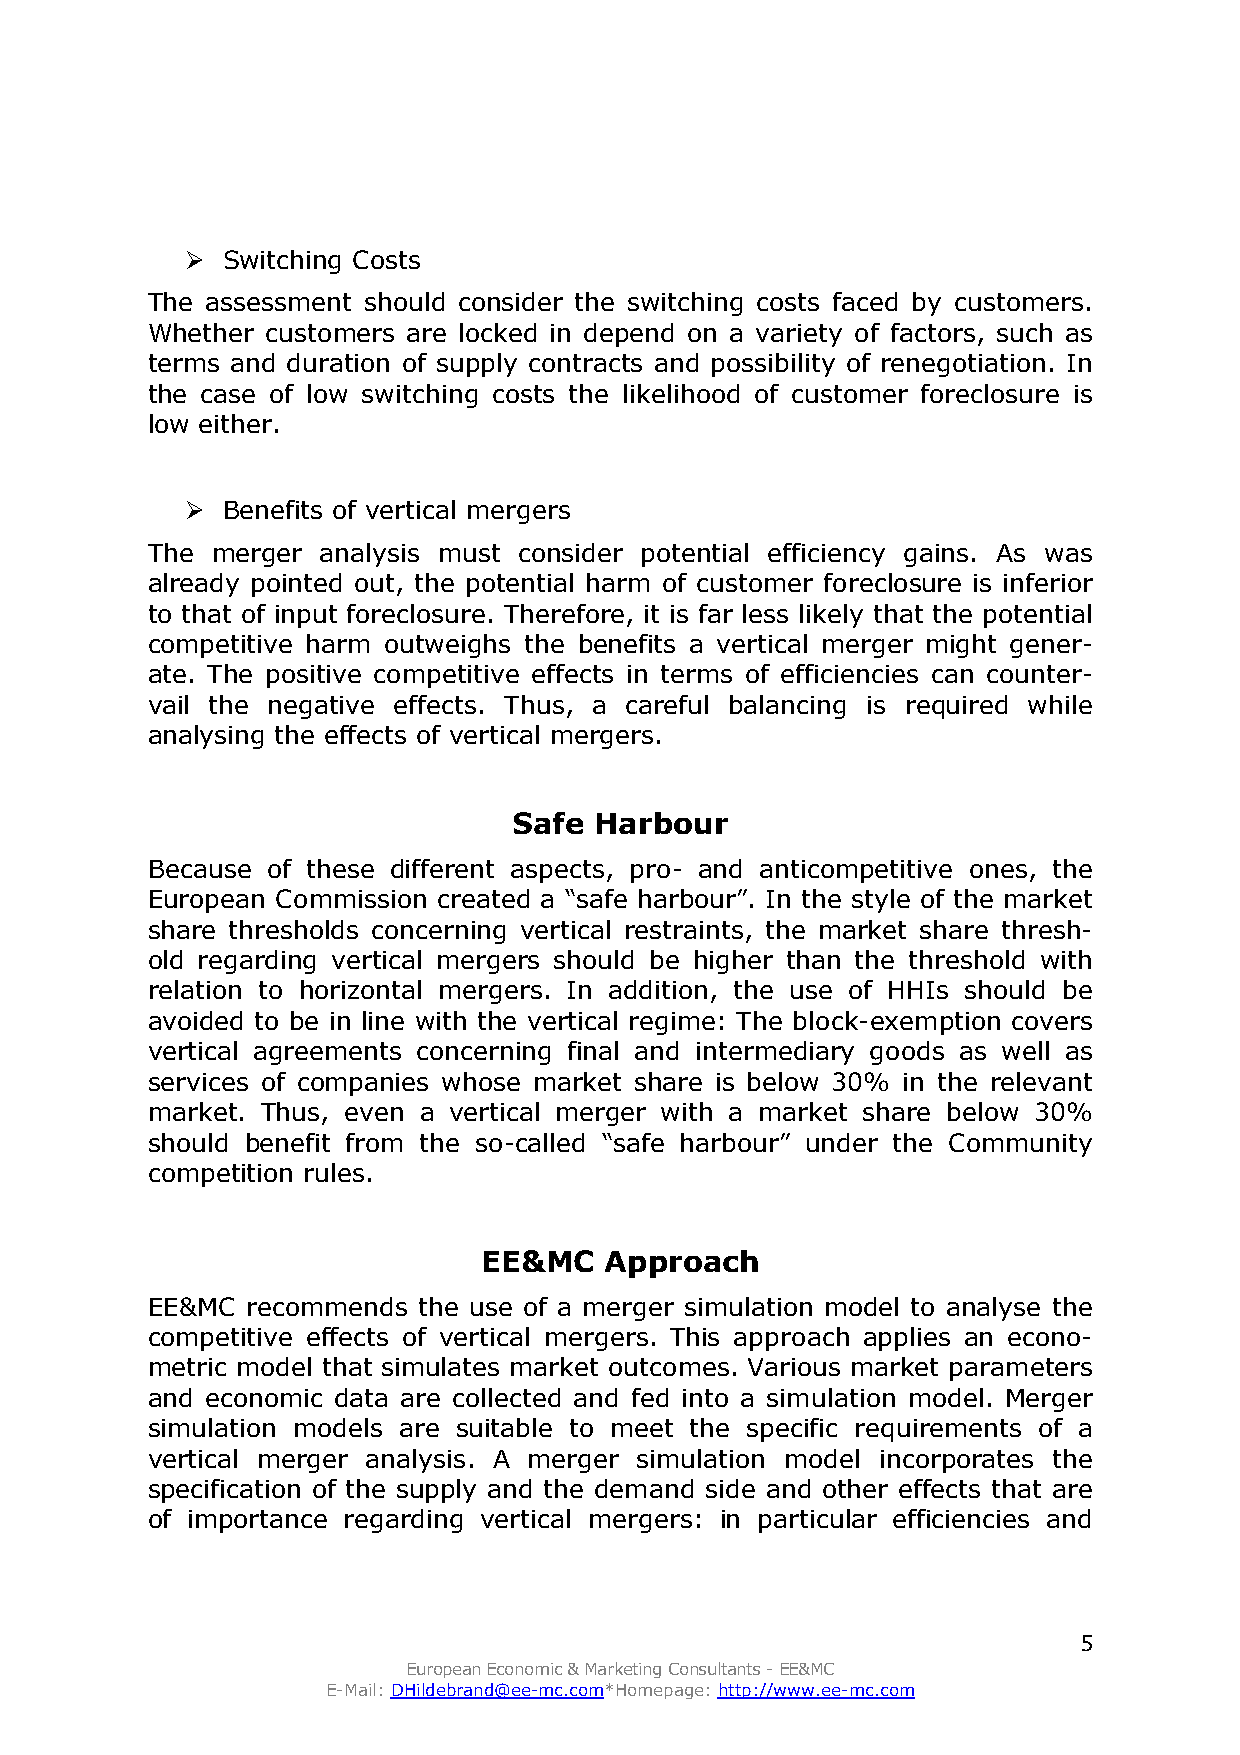
  Switching Costs
 The assessment should consider the switching costs faced by customers.
 Whether customers are locked in depend on a variety of factors, such as
 terms and duration of supply contracts and possibility of renegotiation. In
 the case of low switching costs the likelihood of customer foreclosure is
 low either.
   Benefits of vertical mergers
 The merger analysis must consider potential efficiency gains. As was
 already pointed out, the potential harm of customer foreclosure is inferior
 to that of input foreclosure. Therefore, it is far less likely that the potential
 competitive harm outweighs the benefits a vertical merger might gener-
 ate. The positive competitive effects in terms of efficiencies can counter-
 vail the negative effects. Thus, a careful balancing is required while
 analysing the effects of vertical mergers.
 Safe Harbour
 Because of these different aspects, pro- and anticompetitive ones, the
 European Commission created a “safe harbour”. In the style of the market
 share thresholds concerning vertical restraints, the market share thresh-
 old regarding vertical mergers should be higher than the threshold with
 relation to horizontal mergers. In addition, the use of HHIs should be
 avoided to be in line with the vertical regime: The block-exemption covers
 vertical agreements concerning final and intermediary goods as well as
 services of companies whose market share is below 30% in the relevant
 market. Thus, even a vertical merger with a market share below 30%
 should benefit from the so-called “safe harbour” under the Community
 competition rules.
 EE&MC   Approach
 EE&MC recommends  the use of a merger simulation model to analyse the
 competitive effects of vertical mergers. This approach applies an econo-
 metric model that simulates market outcomes. Various market parameters
 and economic data are collected and fed into a simulation model. Merger
 simulation models are suitable to meet the specific requirements of a
 vertical merger analysis. A merger simulation model incorporates the
 specification of the supply and the demand side and other effects that are
 of importance regarding vertical mergers: in particular efficiencies and
 5
 EuropeanEconomic&MarketingConsultants-EE&MC
 E-Mail:DHildebrand@ee-mc.com*Homepage:http://www.ee-mc.com